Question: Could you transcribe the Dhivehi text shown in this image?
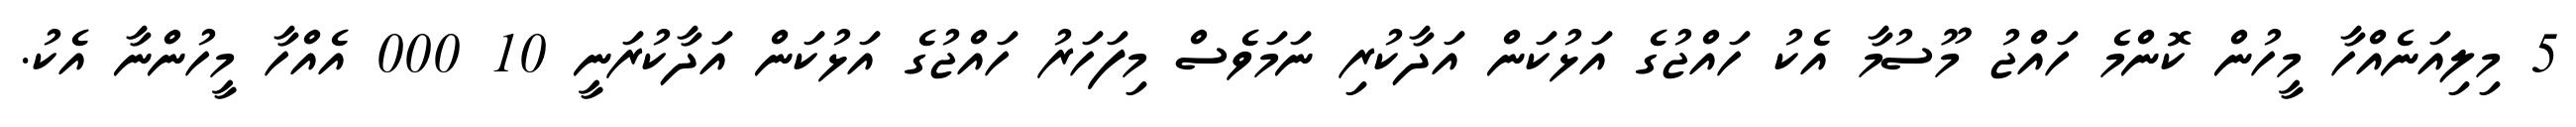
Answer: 5 މިލިއަނެއްހާ މީހުން ކޮންމެ ހައްޖު މޫސުމާ އެކު ހައްޖުގެ އަޅުކަން އަދާކުރި ނަމަވެސް މިފަހަރު ހައްޖުގެ އަޅުކަން އަދާކުރަނީ 10 000 އެއްހާ މީހުންނާ އެކު.